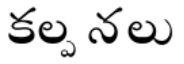
కల్ప నలు